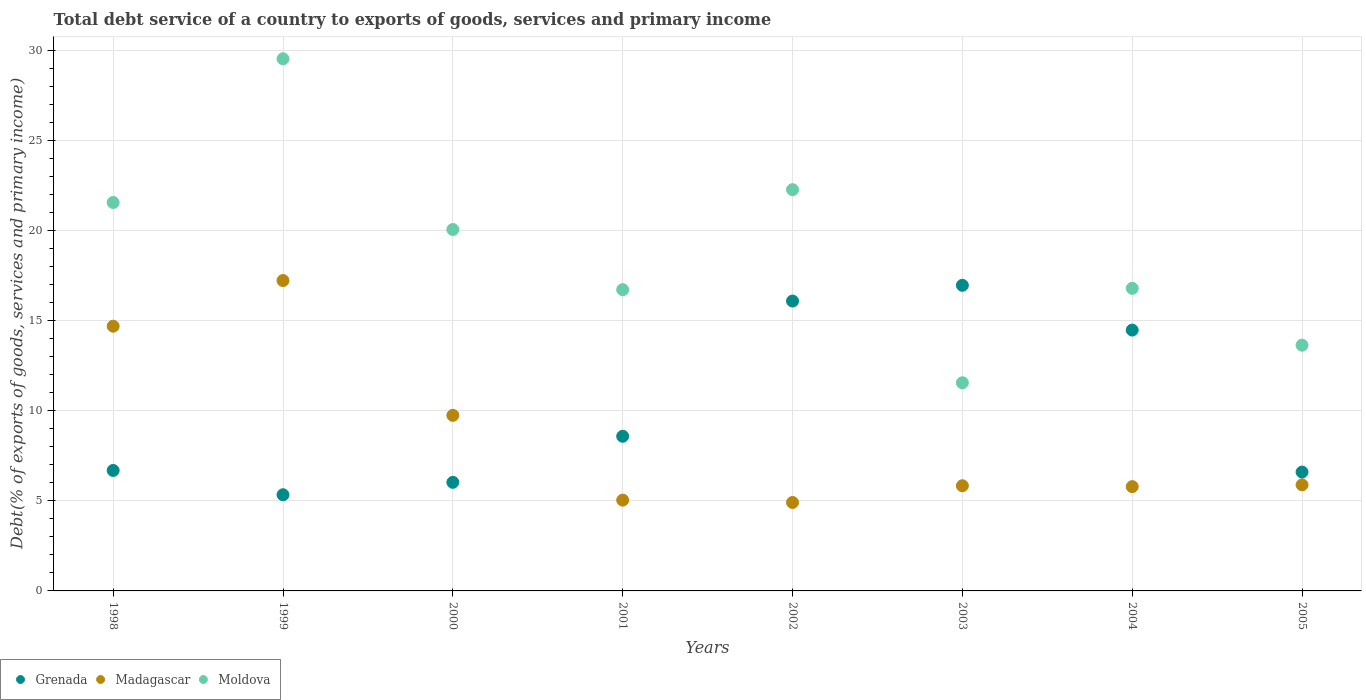
| Years | Grenada | Madagascar | Moldova |
 | --- | --- | --- | --- |
 | 1998 | 6.68 | 14.7 | 21.5 |
 | 1999 | 5.33 | 17.2 | 29.5 |
 | 2000 | 6.02 | 9.74 | 20 |
 | 2001 | 8.58 | 5.04 | 16.7 |
 | 2002 | 16.1 | 4.91 | 22.3 |
 | 2003 | 17 | 5.83 | 11.5 |
 | 2004 | 14.5 | 5.79 | 16.8 |
 | 2005 | 6.59 | 5.89 | 13.6 |